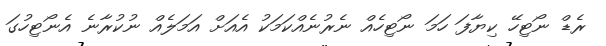
ރެޑް ނޯޓިހޭ ކިޔާފަ ހަމަ ނޯޓިހެއް ނެރުނެއްކަމަކު އެއަށް އަމަލެއް ނުކުރާނެ އެނޯޓިހުގަ